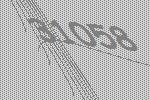
31058